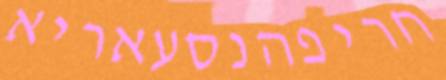
חריפהנסעאריא